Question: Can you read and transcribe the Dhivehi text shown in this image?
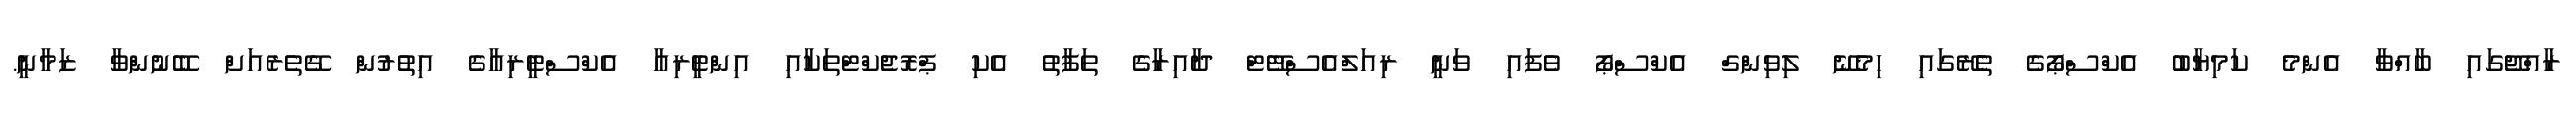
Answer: ރާއްޖޭގައި ބާއްވާ އެންމެ ކަމިޔާބު އެކްސްޕޯގެ ތެރޭގައި ހިމެނޭ ލިވިންގް އެކްސްޕޯ ވެފައި ވަނީ ރިއަލްއެސްޓޭޓް ދާއިރާގެ ތަފާތު އެކި ޕްރޮޖެކްޓްތަކާއި އިންޓީރިއާ އެކްސްޓީރިއާގެ އިތުރުން ގޭތެރެއަށް ބޭނުންވާ ޒަމާނީ.